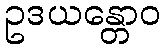
ဥဒယန္တောဝ